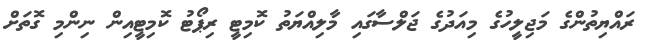
ރައްޔިތުންގެ މަޖިލީހުގެ މިއަދުގެ ޖަލްސާގައި މާލިއްޔަތު ކޮމިޓީ ރިޕޯޓު ކޮމިޓީއިން ނިންމި ގޮތަށް